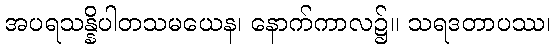
အပရသန္နိပါတသမယေန၊ နောက်ကာလ၌။ သရဒတာပဿ၊